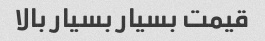
قیمت بسیار بسیار بالا